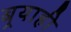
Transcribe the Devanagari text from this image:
बर्‍याही